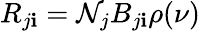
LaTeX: R_{j\mathbf{i}}=\mathcal{N}_{j}B_{j\mathbf{i}}\rho(\nu)